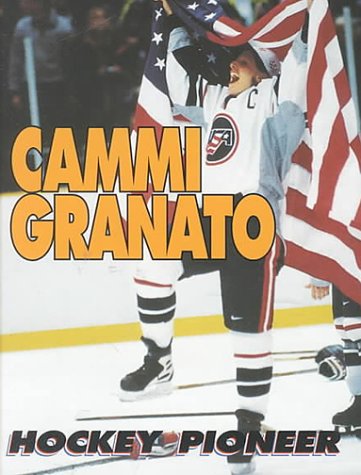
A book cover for Cammi Granato: Hockey Pioneer (Sports Achievers Biographies); Thom Loverro; Children's Books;